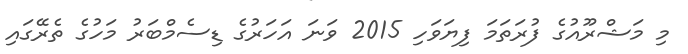
މި މަޝްރޫއުގެ ފުރަތަމަ ފިޔަވަހި 2015 ވަނަ އަހަރުގެ ޑިސެމްބަރު މަހުގެ ތެރޭގައި